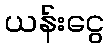
ယန်းငွေ